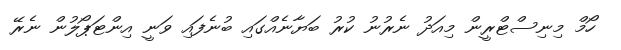
ހޯމް މިނިސްޓްރީން މިއަދު ނެރުނު ކުރު ބަޔާނެއްގައި ބުނެފައި ވަނީ އިންޓަޕޯލުން ނެރޭ